Civil Veterinary Dept. Bombay admin report 1914-1922 - 1914-1922
Year: 1914
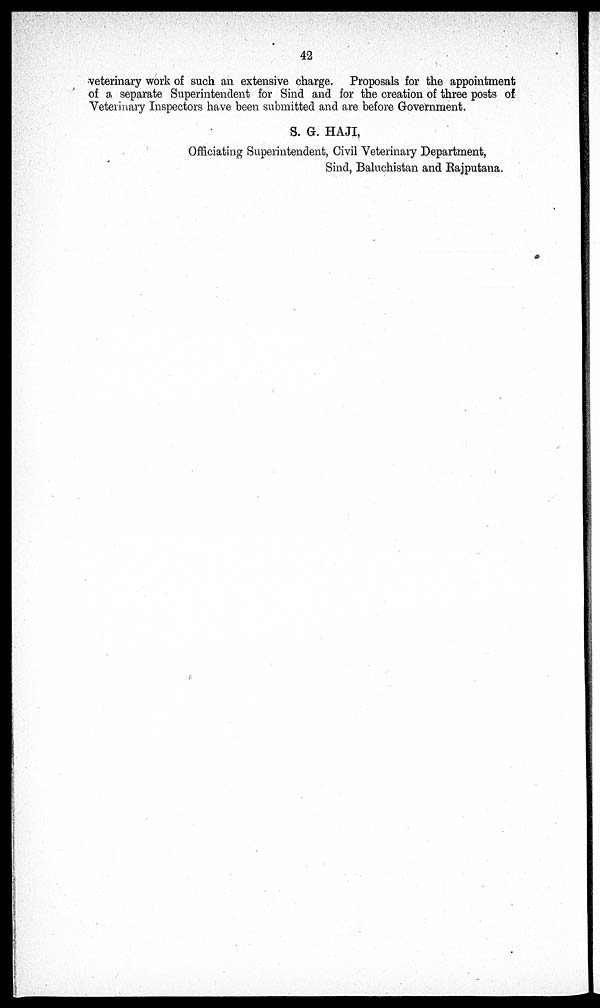
42
veterinary work of such an extensive charge. Proposals for the appointment
of a separate Superintendent for Sind and for the creation of three posts of
Veterinary Inspectors have been submitted and are before Government.
S. G. HAJI,
Officiating Superintendent, Civil Veterinary Department,
Sind, Baluchistan and Rajputana.